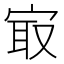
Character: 㝡